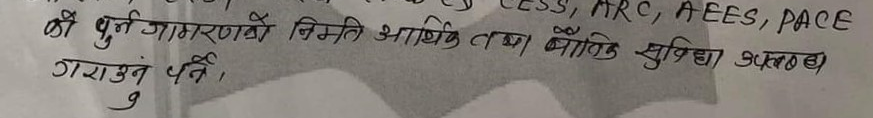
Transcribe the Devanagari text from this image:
की पुनः जागरणको निम्ति आर्थिक तथा भौतिक सुविधा उपलब्ध गराउनु पर्ने।
९